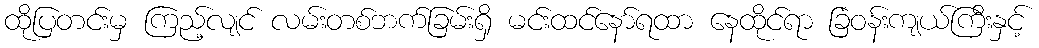
ထိုပြတင်းမှ ကြည့်လျင် လမ်းတစ်ဘက်ခြမ်းရှိ မင်းထင်နော်ရထာ နေထိုင်ရာ ခြံဝန်းကျယ်ကြီးနှင့်